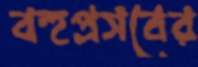
বহুপ্রসবের